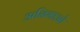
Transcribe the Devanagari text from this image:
अनिभाओ